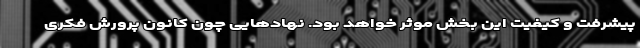
پیشرفت و کیفیت این بخش موثر خواهد بود. نهادهایی چون کانون پرورش فکری